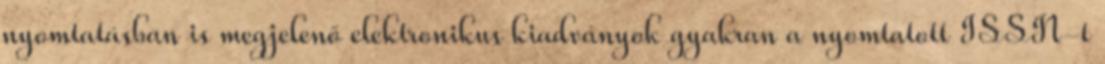
nyomtatásban is megjelenő elektronikus kiadványok gyakran a nyomtatott ISSN-t